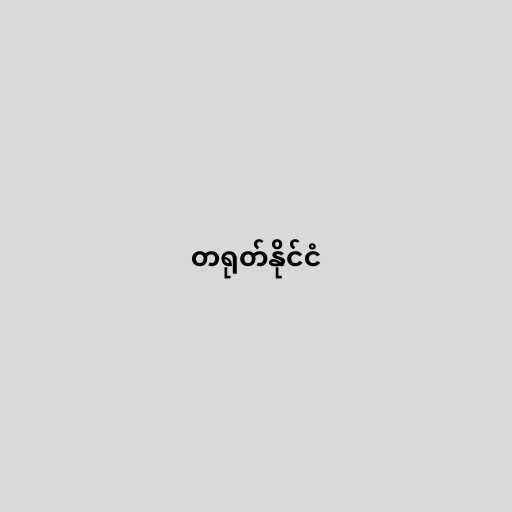
တရုတ်နိုင်ငံ